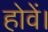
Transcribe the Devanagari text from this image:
होवें।